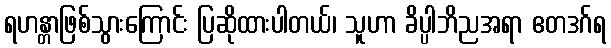
ရဟန္တာဖြစ်သွားကြောင်း ပြဆိုထားပါတယ်၊ သူဟာ ခိပ္ပါဘိညအရာ ဧတဒဂ်ရ